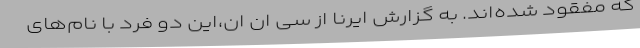
که مفقود شده‌اند. به گزارش ایرنا از سی ان ان،این دو فرد با نام‌های